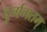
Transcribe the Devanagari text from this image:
दुर्गमतम्